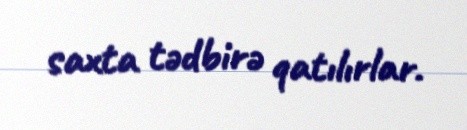
saxta tədbirə qatılırlar.